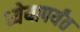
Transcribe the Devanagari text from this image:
ध्येयापर्यंत